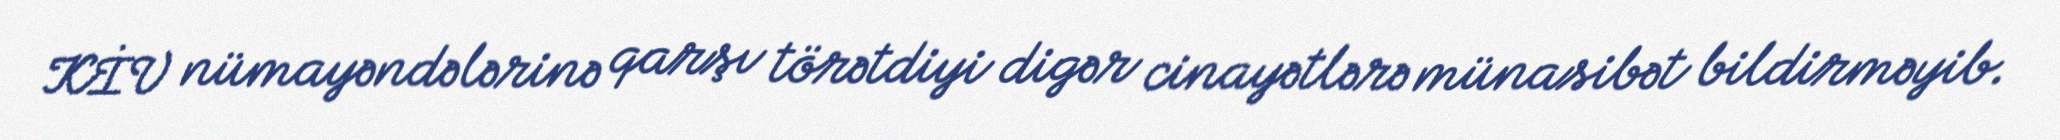
KİV nümayəndələrinə qarşı törətdiyi digər cinayətlərə münasibət bildirməyib.